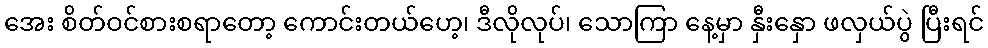
အေး စိတ်ဝင်စားစရာတော့ ကောင်းတယ်ဟေ့၊ ဒီလိုလုပ်၊ သောကြာ နေ့မှာ နှီးနှော ဖလှယ်ပွဲ ပြီးရင်